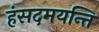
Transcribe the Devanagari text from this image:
हंसदमयन्ति